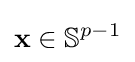
\mathbf {x} \in \mathbb {S} ^{p-1}